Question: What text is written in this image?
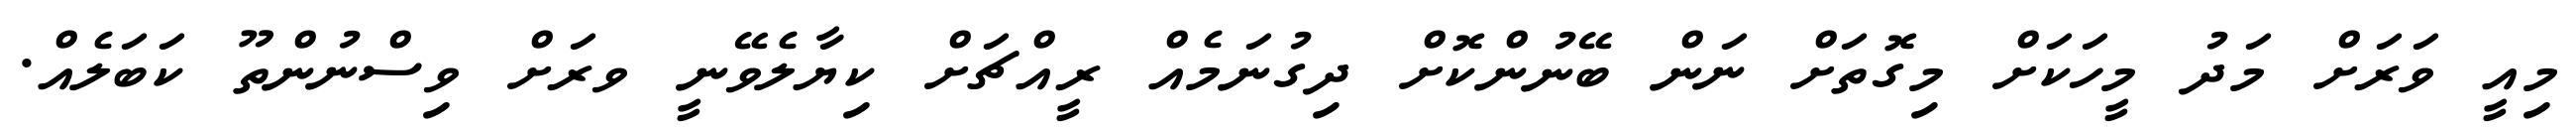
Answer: މިއީ ވަރަށް މަދު މީހަކަށް މިގޮތަށް ނަން ބޭނުންކޮށް ދިގުނަމެއް ރީއްޗަށް ކިޔާލެވޭނީ ވރަށް ވިސްނުންތޫ ކަބަލެއް.